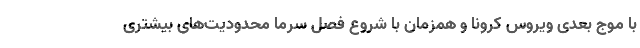
با موج بعدی ویروس کرونا و همزمان با شروع فصل سرما محدودیت‌های بیشتری